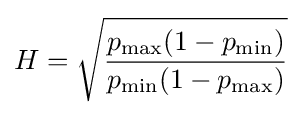
H={\sqrt {\frac {p_{\max }(1-p_{\min })}{p_{\min }(1-p_{\max })}}}